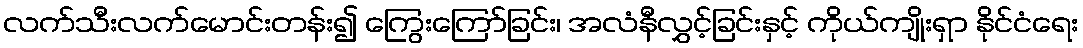
လက်သီးလက်မောင်းတန်း၍ ကြွေးကြော်ခြင်း၊ အလံနီလွှင့်ခြင်းနှင့် ကိုယ်ကျိုးရှာ နိုင်ငံရေး